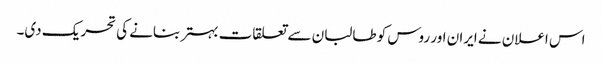
اس اعلان نے ایران اور روس کو طالبان سے تعلقات بہتر بنانے کی تحریک دی۔